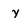
Character: y